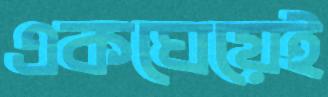
একঘেয়েই